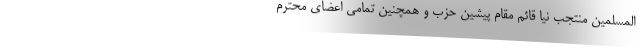
المسلمین منتجب نیا قائم مقام پیشین حزب و همچنین تمامی اعضای محترم